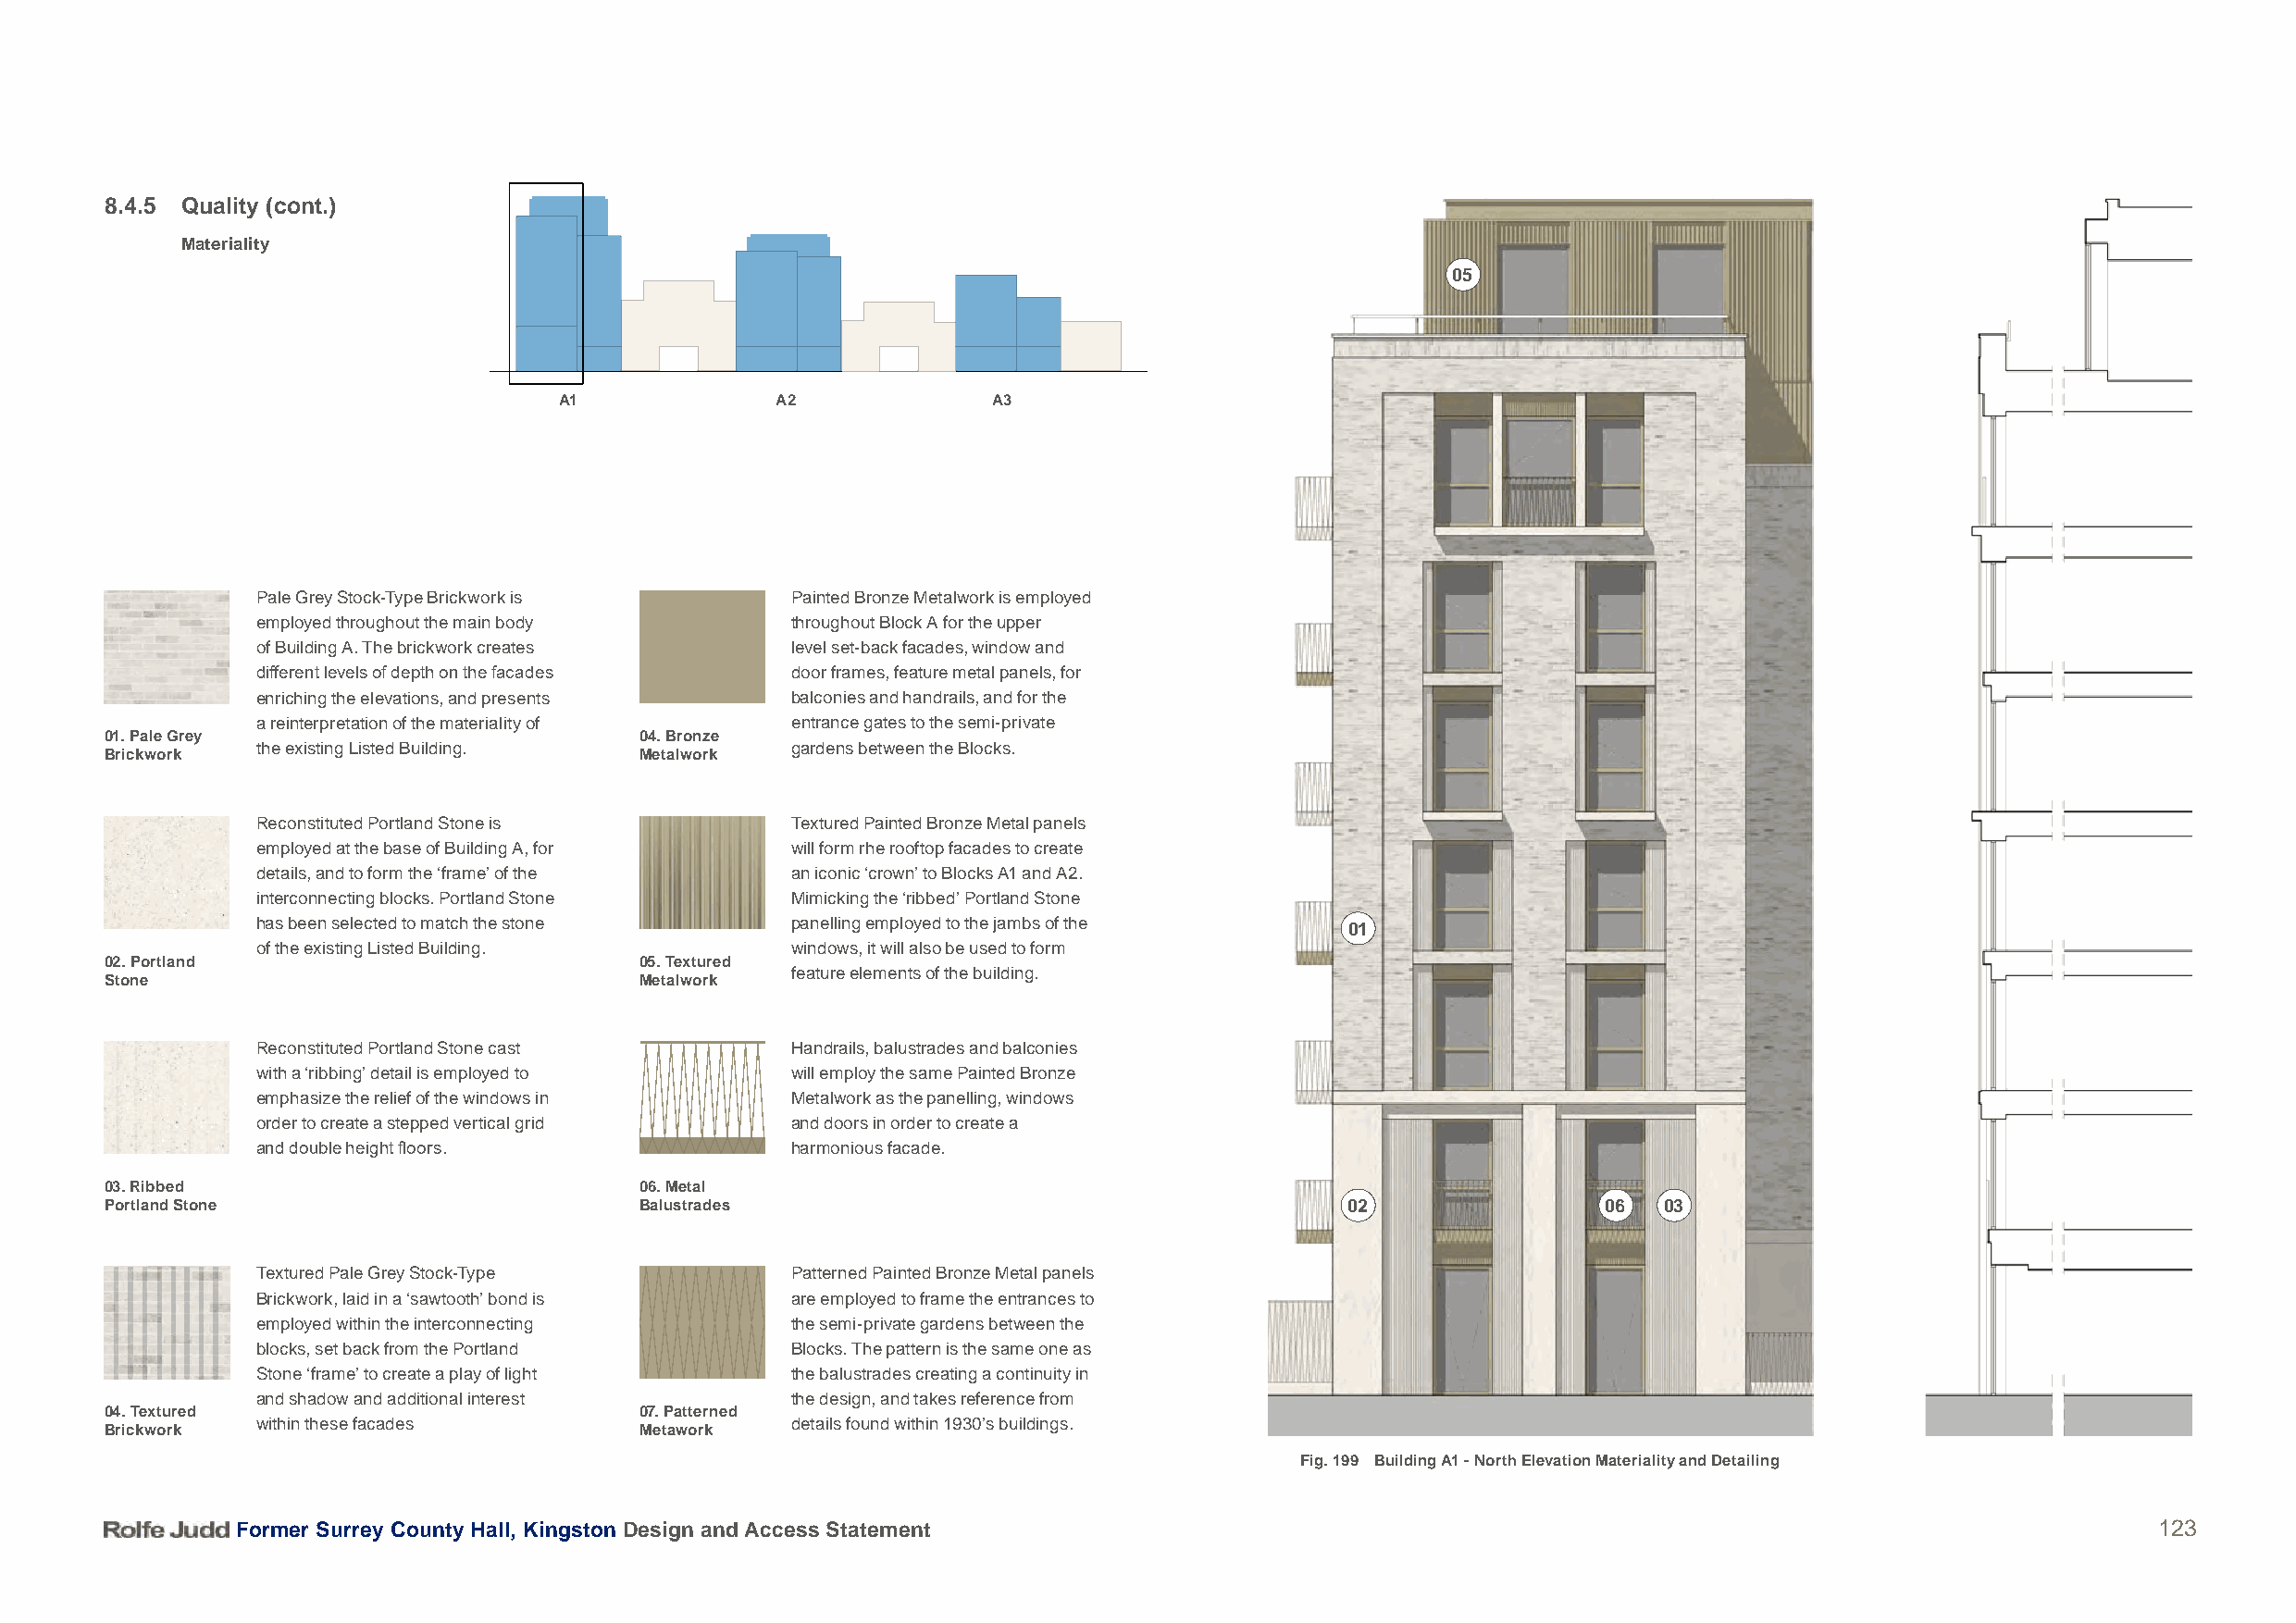
8.4.5 Quality (cont.)
 Materiality
 05
 A1             A2              A3
 Pale Grey Stock-Type Brickwork is      Painted Bronze Metalwork is employed
 employed throughout the main body      throughout Block A for the upper
 of Building A. The brickwork creates   level set-back facades, window and
 different levels of depth on the facades door frames, feature metal panels, for
 enriching the elevations, and presents balconies and handrails, and for the
 a reinterpretation of the materiality of entrance gates to the semi-private
 01. Pale Grey                          04. Bronze
 the existing Listed Building.          gardens between the Blocks.
 Brickwork                              Metalwork
 Reconstituted Portland Stone is        Textured Painted Bronze Metal panels
 employed at the base of Building A, for will form rhe rooftop facades to create
 details, and to form the ‘frame’ of the an iconic ‘crown’ to Blocks A1 and A2.
 interconnecting blocks. Portland Stone Mimicking the ‘ribbed’ Portland Stone
 has been selected to match the stone   panelling employed to the jambs of the
 01
 of the existing Listed Building.       windows, it will also be used to form
 02. Portland                           05. Textured
 feature elements of the building.
 Stone                                  Metalwork
 Reconstituted Portland Stone cast      Handrails, balustrades and balconies
 with a ‘ribbing’ detail is employed to will employ the same Painted Bronze
 emphasize the relief of the windows in Metalwork as the panelling, windows
 order to create a stepped vertical grid and doors in order to create a
 and double height floors.              harmonious facade.
 03. Ribbed                             06. Metal
 Portland Stone                         Balustrades                                       02                 06  03
 Textured Pale Grey Stock-Type          Patterned Painted Bronze Metal panels
 Brickwork, laid in a ‘sawtooth’ bond is are employed to frame the entrances to
 employed within the interconnecting    the semi-private gardens between the
 blocks, set back from the Portland     Blocks. The pattern is the same one as
 Stone ‘frame’ to create a play of light the balustrades creating a continuity in
 and shadow and additional interest     the design, and takes reference from
 04. Textured                           07. Patterned
 within these facades                   details found within 1930’s buildings.
 Brickwork                              Metawork
 Fig. 199 Building A1 - North Elevation Materiality and Detailing
 Former Surrey County Hall, Kingston Design and Access Statement                                                                          123